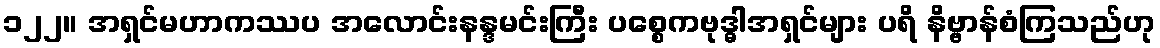
၁၂၂။ အရှင်မဟာကဿပ အလောင်းနန္ဒမင်းကြီး ပစ္စေကဗုဒ္ဓါအရှင်များ ပရိ နိဗ္ဗာန်စံကြသည်ဟု